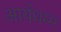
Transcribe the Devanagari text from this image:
आर्यधम्म